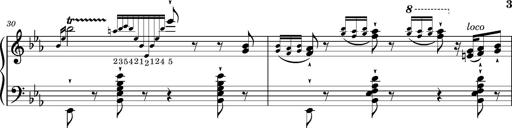
Title: Magyar rapszÃ³diÃ¡k
Composer: Franz Liszt